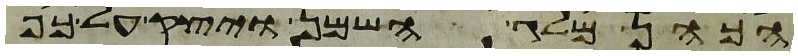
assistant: הכהן מלג השמן ויצק על כף